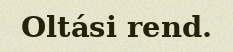
Oltási rend.